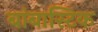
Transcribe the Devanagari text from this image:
बांबास्टिक